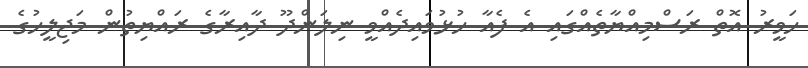
ހަވީރު އޮތް ރަސްމިއްޔާތެއްގައި އެ ފެއާ ހުޅުވައިދެއްވީ ނިލަންދޫ ދާއިރާގެ ރައްޔިތުން މަޖިލީހުގެ